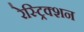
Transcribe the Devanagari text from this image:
रेस्ट्रिक्शन